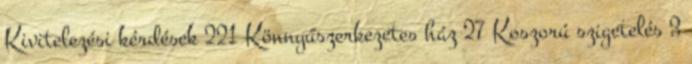
Kivitelezési kérdések 221 Könnyűszerkezetes ház 27 Koszorú szigetelés 3